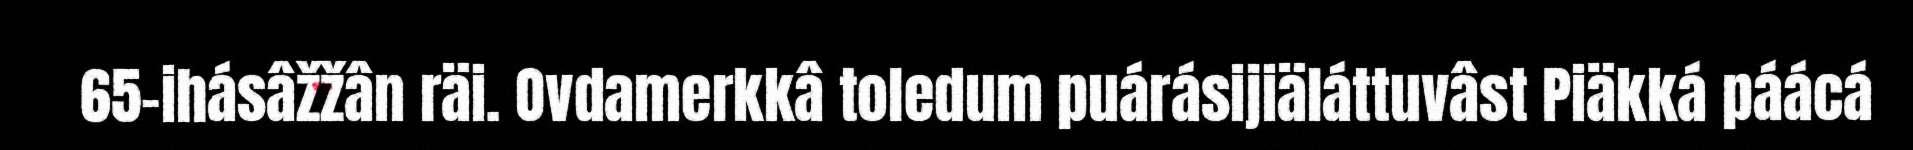
65-ihásâžžân räi. Ovdamerkkâ toledum puárásijiäláttuvâst Piäkká páácá